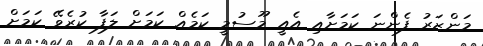
މަންޒަރު ފެންނަ ކަމަށާއި އެއީ މޫސުމީ ކަމެއް ކަމަށް ލަފާ ކުރެވޭ ކަމަށް